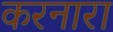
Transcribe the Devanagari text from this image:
करनारा